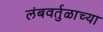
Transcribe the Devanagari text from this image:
लंबवर्तुळाच्या